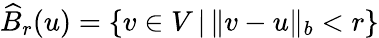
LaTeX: \widehat{B}_{r}(u)=\{ v\in V\, |\, \Vert v-u\Vert_{b}<r\}